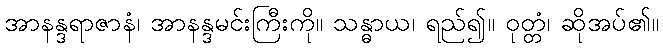
အာနန္ဒရာဇာနံ၊ အာနန္ဒမင်းကြီးကို။ သန္ဓာယ၊ ရည်၍။ ဝုတ္တံ၊ ဆိုအပ်၏။